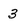
Character: 3